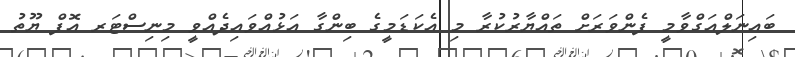
ބައިނަލްއަގްވާމީ ފެންވަރަށް ތައްޔާރުކުރާ މި އެކަޑަމީގެ ބިންގާ އަޅުއްވައިދެއްވީ މިނިސްޓަރ އޮފް ޔޫތު